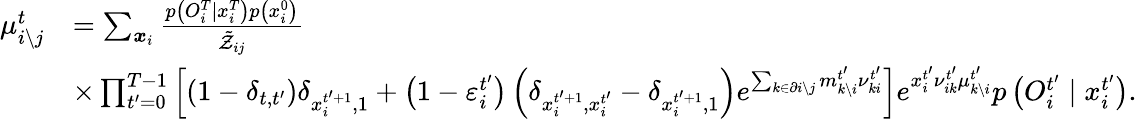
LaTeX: \begin{array}{rl}{\mu_{i\setminus j}^{t}}&{=\sum_{\boldsymbol{x}_{i}}\frac{p\left({O}_{i}^{T}\mid x_{i}^{T}\right)p\left(x_{i}^{0}\right)}{\tilde{\mathcal{Z}}_{ij}}}\\ &{\times\prod_{t^{\prime}=0}^{T-1}\left[\left(1-\delta_{t,t^{\prime}}\right)\delta_{x_{i}^{t^{\prime}+1},1}+\left(1-\varepsilon_{i}^{t^{\prime}}\right)\left(\delta_{x_{i}^{t^{\prime}+1},x_{i}^{t^{\prime}}}-\delta_{x_{i}^{t^{\prime}+1},1}\right)e^{\sum_{k\in\partial i\setminus j}m_{k\setminus i}^{t^{\prime}}\nu_{ki}^{t^{\prime}}}\right]e^{x_{i}^{t^{\prime}}\nu_{ik}^{t^{\prime}}\mu_{k\setminus i}^{t^{\prime}}}p\left(O_{i}^{t^{\prime}}\mid x_{i}^{t^{\prime}}\right).}\end{array}